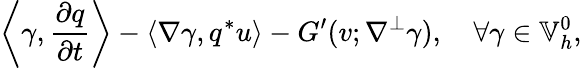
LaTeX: \left\langle\gamma,\frac{\partial q}{\partial t}\right\rangle-\left\langle\nabla\gamma,q^{*}u\right\rangle-G^{\prime}(v;\nabla^{\perp}\gamma),\quad\forall\gamma\in\mathbb{V}_{h}^{0},